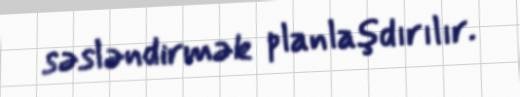
səsləndirmək planlaşdırılır.